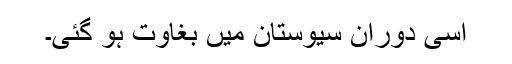
اسی دوران سیوستان میں بغاوت ہو گئی۔